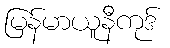
မြန်မာယူနီကုဒ်